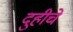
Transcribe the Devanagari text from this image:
दुहीचे